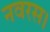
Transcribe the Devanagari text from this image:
नवरस।